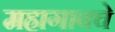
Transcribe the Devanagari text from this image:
महागावचे